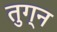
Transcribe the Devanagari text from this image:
तुग्न